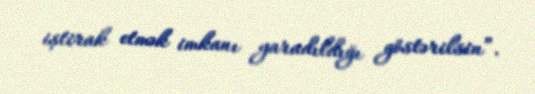
iştirak etmək imkanı yaradıldığı göstərilsin”.